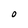
Character: O